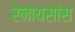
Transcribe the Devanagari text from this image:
रेनायसांस